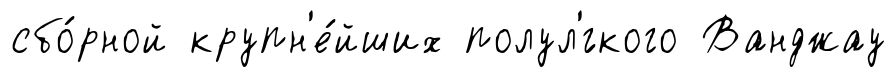
сбо́рной крупн'е́йших полул'́гкого Ванджау